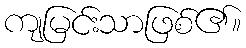
ကျမြင်းသာဖြစ်၏။